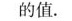
的值。